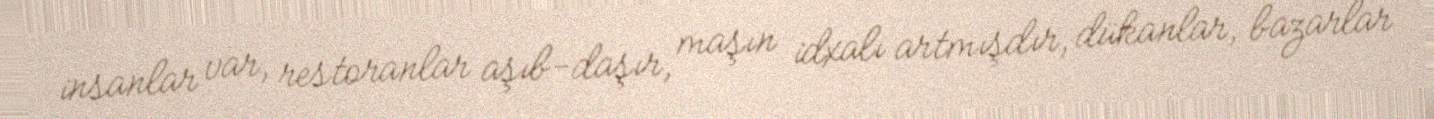
insanlar var, restoranlar aşıb-daşır, maşın idxalı artmışdır, dükanlar, bazarlar